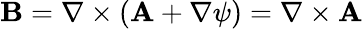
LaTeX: {\mathbf{B}}=\nabla\times({\mathbf{A}}+\nabla\psi)=\nabla\times{\mathbf{A}}